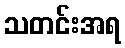
သတင်းအရ